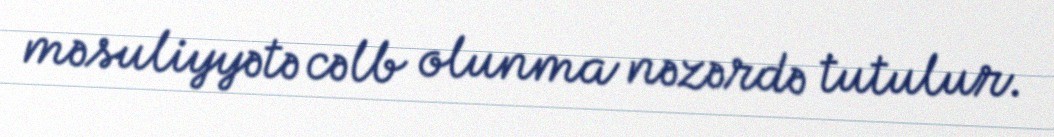
məsuliyyətə cəlb olunma nəzərdə tutulur.